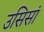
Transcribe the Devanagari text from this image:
उसिसां